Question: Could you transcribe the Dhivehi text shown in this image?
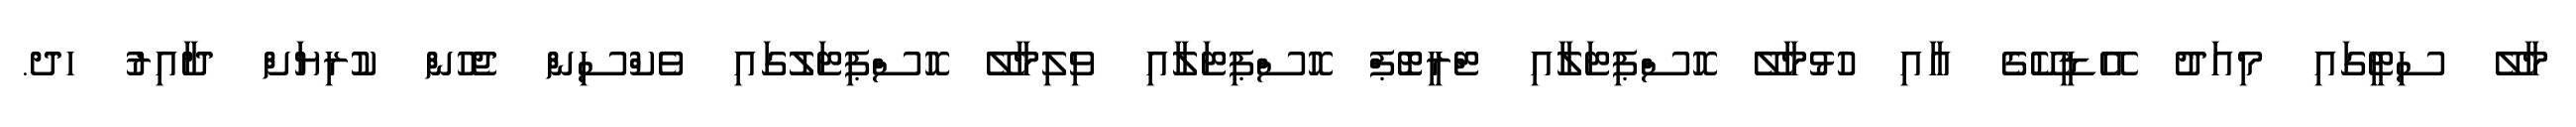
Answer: މާލޭ ސިޓީގައި މިއަދު އޭޑީކޭގެ އާއި ހުޅުމާލޭ ހޮސްޕިޓަލާއި ޓްރީޓޮޕް ހޮސްޕިޓަލާއި ވިލިމާލޭ ހޮސްޕިޓަލުގައި ވެކްސިން ޖެހުން ކުރިޔަށް ދާއިރު ހދ.